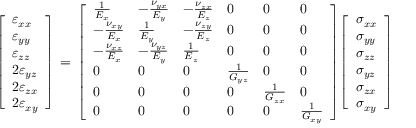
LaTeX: { \left[ \begin{array} { l } { \varepsilon _ { x x } } \\ { \varepsilon _ { y y } } \\ { \varepsilon _ { z z } } \\ { 2 \varepsilon _ { y z } } \\ { 2 \varepsilon _ { z x } } \\ { 2 \varepsilon _ { x y } } \end{array} \right] } \, = \, { \left[ \begin{array} { l l l l l l } { { \frac { 1 } { E _ { x } } } } & { - { \frac { \nu _ { y x } } { E _ { y } } } } & { - { \frac { \nu _ { z x } } { E _ { z } } } } & { 0 } & { 0 } & { 0 } \\ { - { \frac { \nu _ { x y } } { E _ { x } } } } & { { \frac { 1 } { E _ { y } } } } & { - { \frac { \nu _ { z y } } { E _ { z } } } } & { 0 } & { 0 } & { 0 } \\ { - { \frac { \nu _ { x z } } { E _ { x } } } } & { - { \frac { \nu _ { y z } } { E _ { y } } } } & { { \frac { 1 } { E _ { z } } } } & { 0 } & { 0 } & { 0 } \\ { 0 } & { 0 } & { 0 } & { { \frac { 1 } { G _ { y z } } } } & { 0 } & { 0 } \\ { 0 } & { 0 } & { 0 } & { 0 } & { { \frac { 1 } { G _ { z x } } } } & { 0 } \\ { 0 } & { 0 } & { 0 } & { 0 } & { 0 } & { { \frac { 1 } { G _ { x y } } } } \end{array} \right] } { \left[ \begin{array} { l } { \sigma _ { x x } } \\ { \sigma _ { y y } } \\ { \sigma _ { z z } } \\ { \sigma _ { y z } } \\ { \sigma _ { z x } } \\ { \sigma _ { x y } } \end{array} \right] }